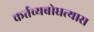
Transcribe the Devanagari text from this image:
कर्तव्यबोधत्यास